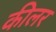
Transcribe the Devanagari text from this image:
कीलर